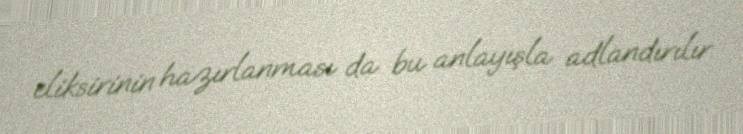
eliksirinin hazırlanması da bu anlayışla adlandırılır.